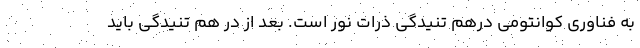
به فناوری کوانتومی درهم تنیدگی ذرات نور است. بعد از در هم تنیدگی باید